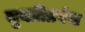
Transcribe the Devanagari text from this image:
मुक्तीप्रपंच